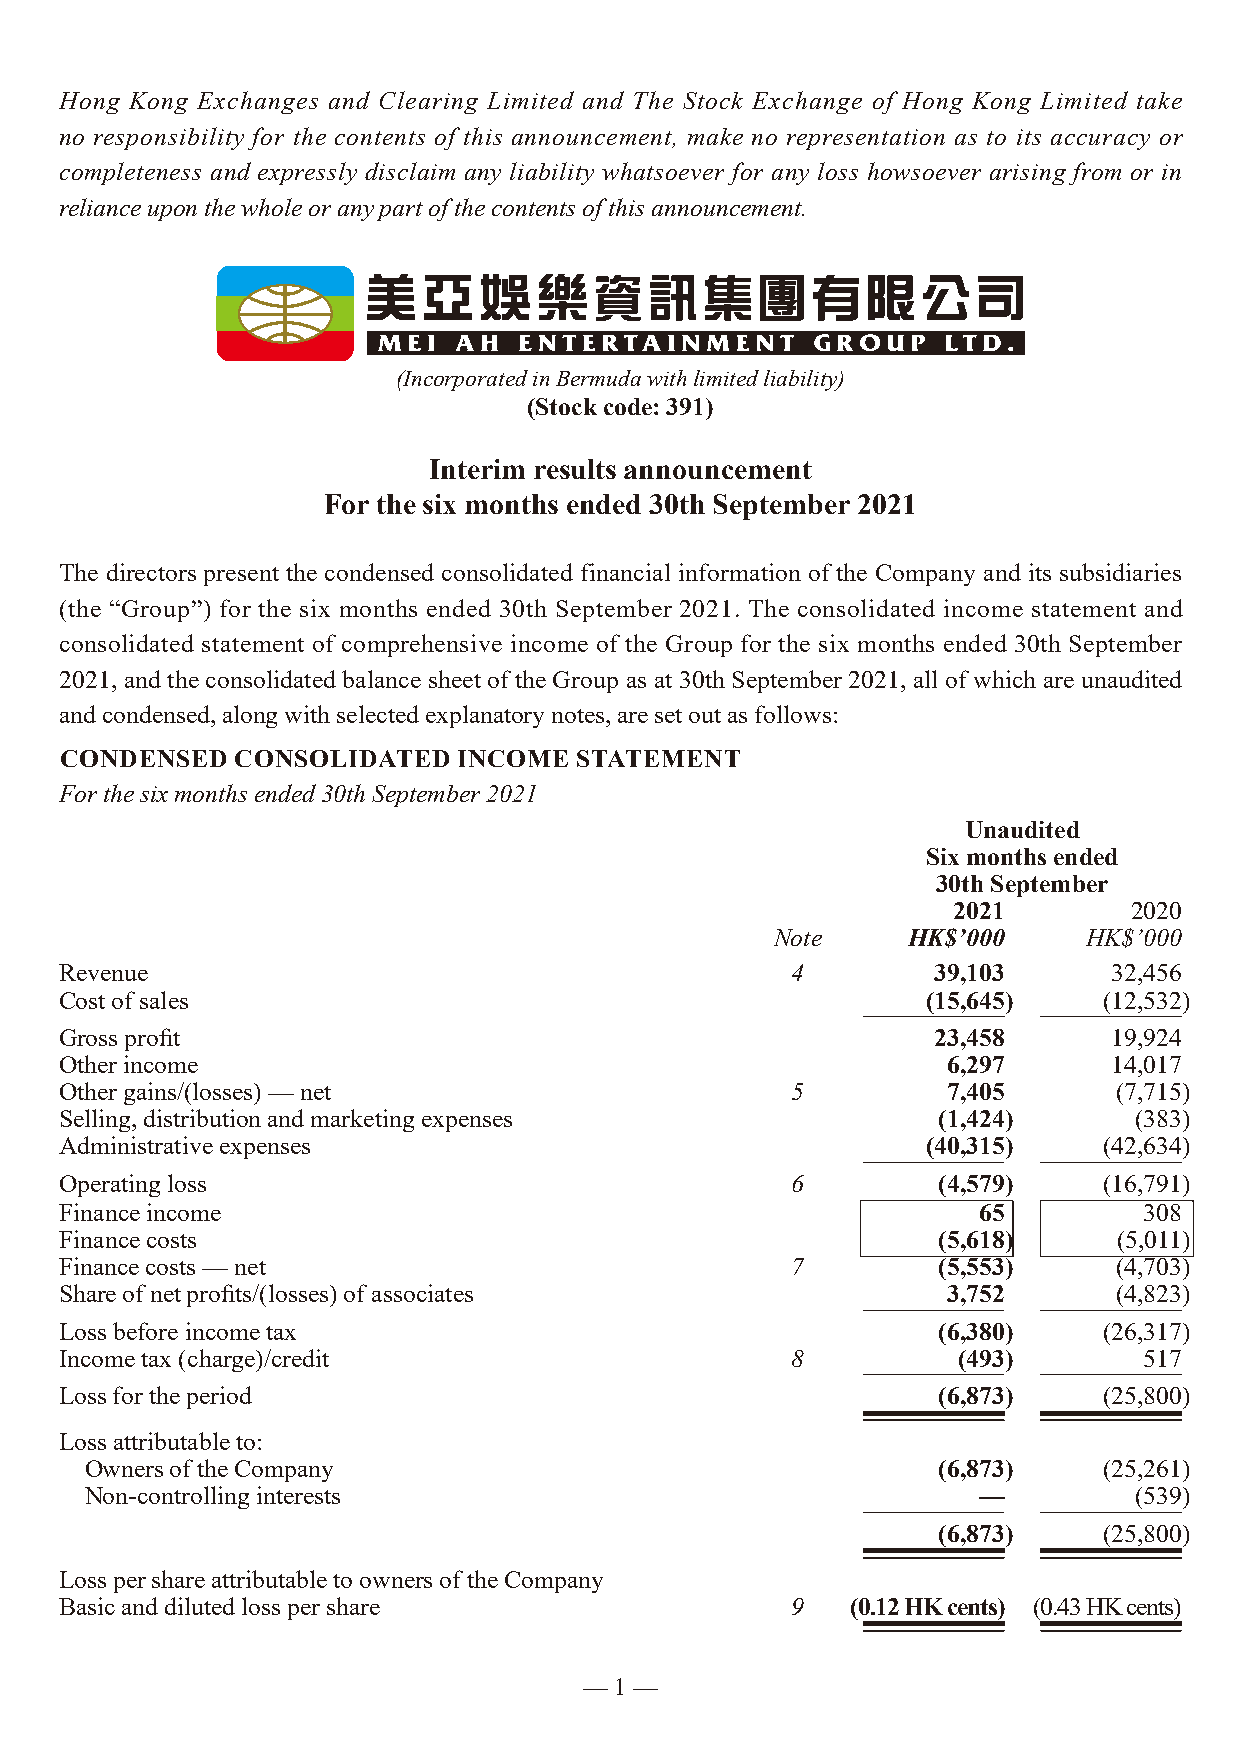
Hong Kong Exchanges and Clearing Limited and The Stock Exchange of Hong Kong Limited take
 no responsibility for the contents of this announcement, make no representation as to its accuracy or
 completeness and expressly disclaim any liability whatsoever for any loss howsoever arising from or in
 reliance upon the whole or any part of the contents of this announcement.
 (Incorporated in Bermuda with limited liability)
 (Stock code: 391)
 Interim results announcement
 For the six months ended 30th September 2021
 The directors present the condensed consolidated financial information of the Company and its subsidiaries
 (the “Group”) for the six months ended 30th September 2021. The consolidated income statement and
 consolidated statement of comprehensive income of the Group for the six months ended 30th September
 2021, and the consolidated balance sheet of the Group as at 30th September 2021, all of which are unaudited
 and condensed, along with selected explanatory notes, are set out as follows:
 CONDENSED   CONSOLIDATED  INCOME  STATEMENT
 For the six months ended 30th September 2021
 Unaudited
 Six months ended
 30th September
 2021        2020
 Note     HK$’000     HK$’000
 Revenue                                         4         39,103      32,456
 Cost of sales                                            (15,645)    (12,532)
 Gross profit                                              23,458      19,924
 Other income                                               6,297      14,017
 Other gains/(losses) — net                      5          7,405      (7,715)
 Selling, distribution and marketing expenses              (1,424)      (383)
 Administrative expenses                                  (40,315)    (42,634)
 Operating loss                                  6         (4,579)    (16,791)
 Finance income                                               65         308
 Finance costs                                             (5,618)     (5,011)
 Finance costs — net                             7         (5,553)     (4,703)
 Share of net profits/(losses) of associates                3,752      (4,823)
 Loss before income tax                                    (6,380)    (26,317)
 Income tax (charge)/credit                      8          (493)        517
 Loss for the period                                       (6,873)    (25,800)
 Loss attributable to:
 Owners of the Company                                   (6,873)    (25,261)
 Non-controlling interests                                  —         (539)
 (6,873)    (25,800)
 Loss per share attributable to owners of the Company
 Basic and diluted loss per share                9   (0.12 HK cents) (0.43 HK cents)
 — 1 —